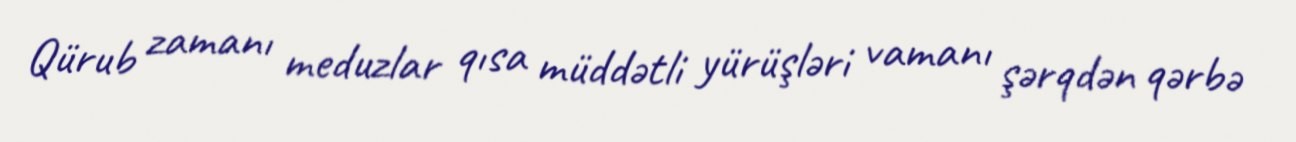
Qürub zamanı meduzlar qısa müddətli yürüşləri vamanı şərqdən qərbə